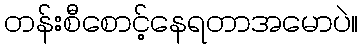
တန်းစီစောင့်နေရတာအမောပဲ။